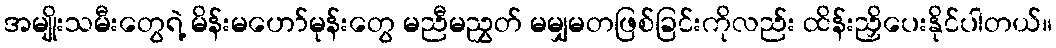
အမျိုးသမီးတွေရဲ့ မိန်းမဟော်မုန်းတွေ မညီမညွှတ် မမျှမတဖြစ်ခြင်းကိုလည်း ထိန်းညှိပေးနိုင်ပါတယ်။